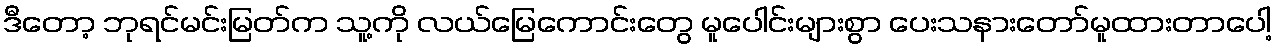
ဒီတော့ ဘုရင်မင်းမြတ်က သူ့ကို လယ်မြေကောင်းတွေ မူပေါင်းများစွာ ပေးသနားတော်မူထားတာပေါ့